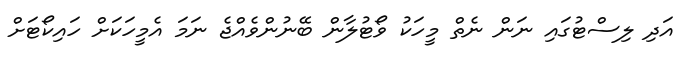
އަދި ލިސްޓުގައި ނަން ނެތް މީހަކު ވޯޓުލާން ބޭނުންވެއްޖެ ނަމަ އެމީހަކަށް ހައިކޯޓަށް